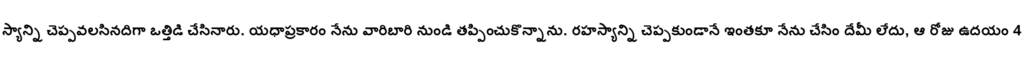
స్యాన్ని చెప్పవలసినదిగా ఒత్తిడి చేసినారు. యధాప్రకారం నేను వారిబారి నుండి తప్పించుకొన్నాను. రహస్యాన్ని చెప్పకుండానే ఇంతకూ నేను చేసిం దేమీ లేదు, ఆ రోజు ఉదయం 4